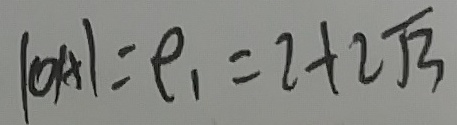
\vert O A \vert = \rho _ { 1 } = 2 + 2 \sqrt { 3 }